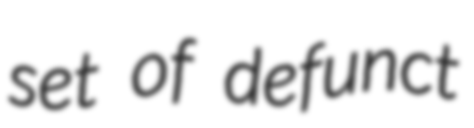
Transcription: set of defunct